Report of the Indian Hemp Drugs Commission, 1894-1895 - Volume VII
Year: 1894
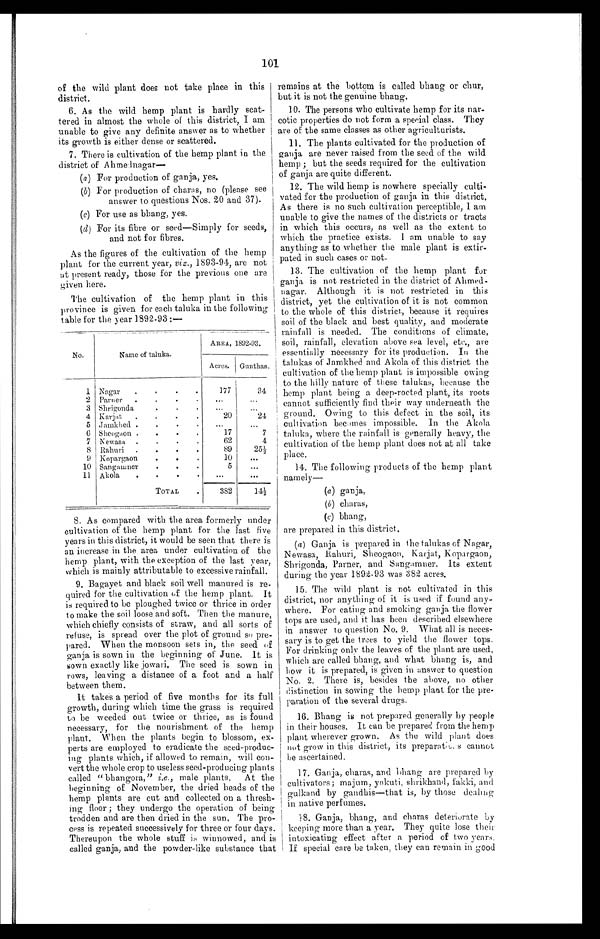
101
of the wild plant does not take place in this
district.
6. As the wild hemp plant is hardly scat-
tered in almost the whole of this district, I am
unable to give any definite answer as to whether
its growth is either dense or scattered.
7. There is cultivation of the hemp plant in the
district of
Ahmednagar—
( a ) For production of ganja, yes.
(b) For production of charas, no (please see
answer to questions Nos. 20 and 37).
(c) For use as bhang, yes.
(d) For its fibre or seed—Simply for seeds,
and not for fibres.
As the figures of the cultivation of the hemp
plant for the current year, viz., 1893-94, are not
at present ready, those for the previous one are
given here.
The cultivation of the hemp plant in this
province is given for each taluka in the following
table for the year 1892-93 :—
No.
Name of taluka.
AREA, 1892-93.
Acres. Gunthas.
1 Nagar
• •
•
•
177
34
2 Parner
• • •
•
... ...
3 Shrigonda
• •
•
... ...
4 Karjat
• • • •
20
24
5 Jamkhed
• • • •
...
...
6 Sheogaon
• • • •
17
7
7 Newasa
• •
•
•
62
4
8 Rahuri
• • • •
89
2 5 ½
9 Kopargaon
• • •
10
...
10 Sangamner
• • •
5
...
11 Akola
• •
•
•
...
. . .
TOTAL
.
382
14½
8. As compared with the area formerly under
cultivation of the hemp plant for the last five
years in this district, it would be seen that there is
an increase in the area under cultivation of the
hemp plant, with the exception of the last year,
which is mainly attributable to excessive rainfall.
9. Bagayet and black soil well manured is re-
quired for the cultivation of the hemp plant. It
is required to be ploughed twice or thrice in order
to make the soil loose and soft. Then the manure,
which chiefly consists of straw, and all sorts of
refuse, is spread over the plot of ground so pre-
pared. When the monsoon sets in, the seed of
ganja is sown in the beginning of June. It is
sown exactly like jowari. The seed is sown in
rows, leaving a distance of a foot and a half
between them.
It takes a period of five months for its full
growth, during which time the grass is required
to be weeded out twice or thrice, as is found
necessary, for the nourishment of the hemp
plant. When the plants begin to blossom, ex-
perts are employed to eradicate the seed-produc-
ing plants which, if allowed to remain, will con-
vert the whole crop to useless seed-producing plants
called " bhangora," i.e., male plants. At the
beginning of November, the dried heads of the
hemp plants are cut and collected on a thresh-
ing floor ; they undergo the operation of being
trodden and are then dried in the sun. The pro-
cess is repeated successively for three or four days.
Thereupon the whole stuff is winnowed, and is
called ganja, and the powder-like substance that
remains at the bottom is called bhang or chur,
but it is not the genuine bhang.
10. The persons who cultivate hemp for its nar-
cotic properties do not form a special class. They
are of the same classes as other agriculturists.
11. The plants cultivated for the production of
ganja are never raised from the seed of the wild
hemp ; but the seeds required for the cultivation
of ganja are quite different.
12. The wild hemp is nowhere specially culti-
vated for the production of ganja in this district.
As there is no such cultivation perceptible, I am
unable to give the names of the districts or tracts
in which this occurs, as well as the extent to
which the practice exists. I am unable to say
anything as to whether the male plant is extir-
pated in such cases or not
.
13. The cultivation of the hemp plant for
ganja is not restricted in the district of Ahmed--
nagar. Although it is not restricted in this
district, yet the cultivation of it is not common
to the whole of this district, because it requires
soil of the black and best quality, and moderate
rainfall is needed. The conditions of climate,
soil, rainfall, elevation above sea level, etc., are
essentially necessary for its production. In the
talukas of Jamkhed and Akola of this district the
cultivation of the hemp plant is impossible owing
to the hilly nature of these talukas, because the
hemp plant being a deep-rocted plant, its roots
cannot sufficiently find their way underneath the
ground. Owing to this defect in the soil, its
cultivation becomes impossible. In the Akola
taluka, where the rainfall is generally heavy, the
cultivation of the hemp plant does not at all take
place.
14. The following products of the hemp plant
namely—
(a ) ganja,
(b) charas,
(c) bhang,
are prepared in this district.
( a ) Ganja is prepared in the talukas of Nagar,
Newasa, Rahuri, Sheogaon, Karjat, Kopargaon,
Shrigonda, Parner, and Sangamner. Its extent
during the year 1892-93 was 382 acres.
15. The wild plant is not cultivated in this
district, nor anything of it is used if found any-
where. For eating and smoking ganja the flower
tops are used, and it has been described elsewhere
in answer to question No. 9. What all is neces-
sary is to get the trees to yield the flower tops.
For drinking only the leaves of the plant are used,
which are called bhang, and what bhang is, and
how it is prepared, is given in answer to question
No. 2. There is, besides the above, no other
distinction in sowing the hemp plant for the pre-
paration of the several drugs.
16. Bhang is not prepared generally by people
in their houses. It can be prepared from the hemp
plant wherever grown. As the wild plant does
not grow in this district, its preparations cannot
be ascertained.
17. Ganja, charas, and bhang are prepared by
cultivators; majum, yakuti, shrikhand, fakki, and
gulkand by gandhis—that is, by those dealing
in native perfumes.
18. Ganja, bhang, and charas deteriorate by
keeping more than a year. They quite lose their
intoxicating effect after a period of two years.
If special care be taken, they can remain in good